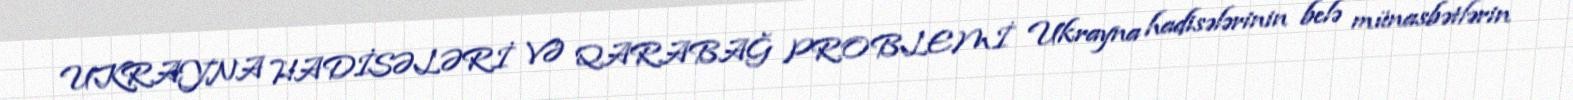
UKRAYNA HADİSƏLƏRİ VƏ QARABAĞ PROBLEMİ Ukrayna hadisələrinin belə münasbətlərin